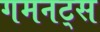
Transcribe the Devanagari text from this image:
गमनट्स